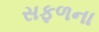
સફળના